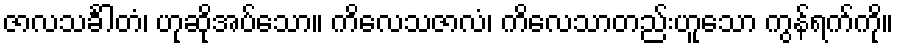
ဇာလသင်္ခါတံ၊ ဟုဆိုအပ်သော။ ကိလေသဇာလံ၊ ကိလေသာတည်းဟူသော ကွန်ရက်ကို။